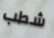
شطب